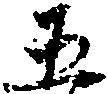
五